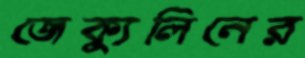
জেক্যুলিনের